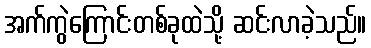
အက်ကွဲကြောင်းတစ်ခုထဲသို့ ဆင်းလာခဲ့သည်။